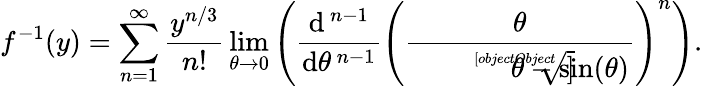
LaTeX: f^{-1}(y)=\sum_{n=1}^{\infty}{\frac{y^{n/3}}{n!}}\operatorname*{lim}_{\theta\to 0}\left({\frac{\mathrm{d}^{\, n-1}}{\mathrm{d}\theta^{\, n-1}}}\left({\frac{\theta}{\sqrt[[objectObject]]{\theta-\sin(\theta)}}}\right)^{n}\right).